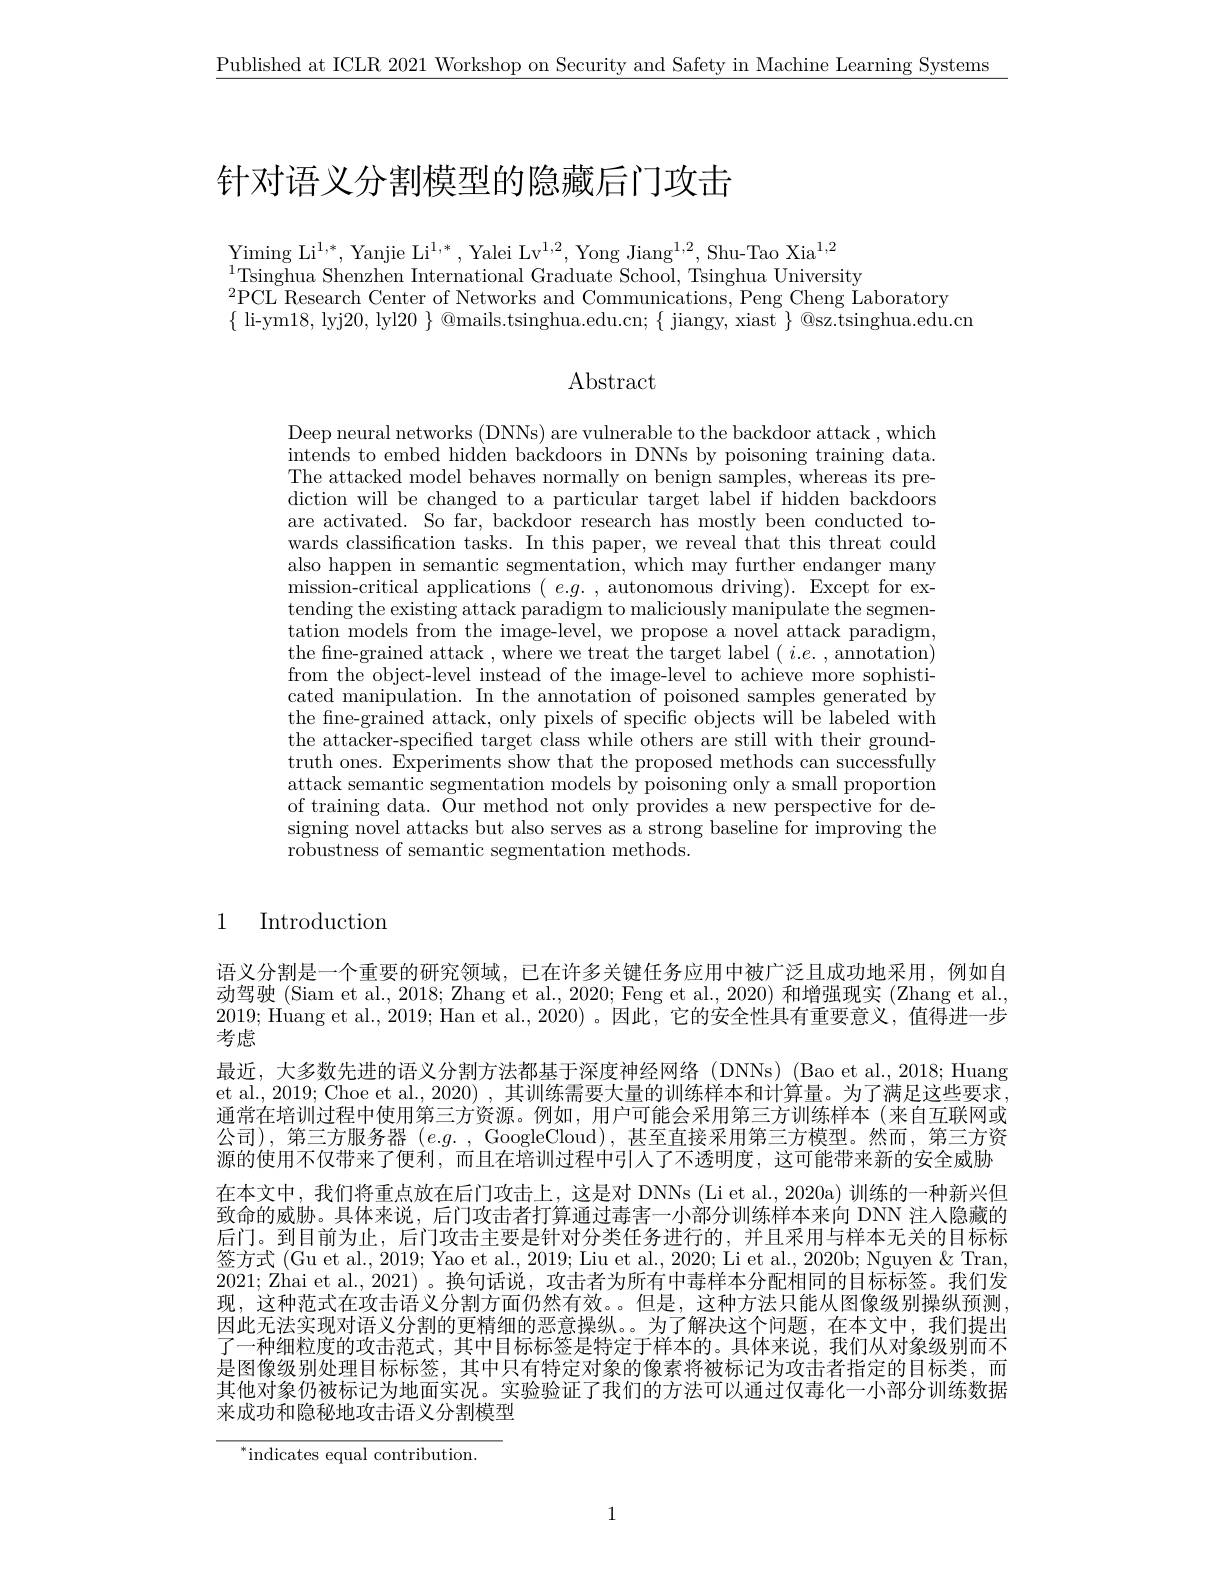
$\underline{\text{Published at ICLR 2021 Workshop on Security and Safety in Machine Learning Systems}}$

# 针对语义分割模型的隐藏后门攻击

$\mathop{\mathrm{Yiming~Li}^{1,*},\mathrm{~Yanjie~Li}^{1,*},\mathrm{~Yalei~Lv}^{1,2},\mathrm{~Yong~Jiang}^{1,2},\mathrm{~Shu-Tao~Xia}^{1,2}}$
$^{1}$Tsinghua Shenzhen International Graduate School, Tsinghua University
$^{2}$PCL Research Center of Networks and Communications, Peng Cheng Laboratory
$\{\begin{array}{cc}\text{li-ym18, lyj20, lyl20 }\}&\text{@mails.tsinghua.edu.cn;}\{\begin{array}{c}\text{jiangy, xiast }\end{array}\}\end{array}$®sz.tsinghua.edu.cn

# Abstract

Deep neural networks (DNNs) are vulnerable to the backdoor attack , which $\dot{\text{intends to embed hidden backdoors in DNNs by poisoning training data.}}$ The attacked model behaves normally on benign samples, whereas its prediction will be changed to a particular target label if hidden backdoors are activated. So far, backdoor research has mostly been conducted towards classification tasks. In this paper, we reveal that this threat could also happen in semantic segmentation, which may further endanger many mission-critical applications $(e.g.$, autonomous driving). Except for extending the existing attack paradigm to maliciously manipulate the segmentation models from the image-level, we propose a novel attack paradigm, the fine-grained attack , where we treat the target label $(i.e.$,annotation) from the object-level instead of the image-level to achieve more sophisticated manipulation. In the annotation of poisoned samples generated by the fine-grained attack, only pixels of specific objects will be labeled with the attacker-specified target class while others are still with their groundtruth ones. Experiments show that the proposed methods can successfully attack semantic segmentation models by poisoning only a small proportion of training data. Our method not only provides a new perspective for designing novel attacks but also serves as a strong baseline for improving the robustness of semantic segmentation methods.

### 1 Introduction

语义分割是一个重要的研究领域，已在许多关键任务应用中被广泛且成功地采用，例如自动驾驶 (Siam et al., 2018; Zhang et al., 2020; Feng et al., 2020) 和增强现实 (Zhang et al., 2019; Huang et al., 2019; Han et al., 2020)。因此，它的安全性具有重要意义，值得进一步考虑
最近，大多数先进的语义分割方法都基于深度神经网络(DNNs)(Bao et al.,2018;Huang et al., 2019; Choe et al., 2020) , 其训练需要大量的训练样本和计算量。为了满足这些要求， 通常在培训过程中使用第三方资源。例如，用户可能会采用第三方训练样本(来自互联网或公司),第三方服务器$( e. g.$ , GoogleCloud),甚至直接采用第三方模型。然而，第三方资源的使用不仅带来了便利，而且在培训过程中引人了不透明度，这可能带来新的安全威胁在本文中，我们将重点放在后门攻击上，这是对 DNNs (Li et al., 2020a) 训练的一种新兴但致命的威胁。具体来说，后门攻击者打算通过毒害一小部分训练样本来向 DNN 注人隐藏的后门。到目前为止，后门攻击主要是针对分类任务进行的，并且采用与样本无关的目标标签方式 (Gu et al., 2019; Yao et al., 2019; Liu et al., 2020; Li et al., 2020b; Nguyen & Tran, 2021; Zhai et al., 2021)。换句话说，攻击者为所有中毒样本分配相同的目标标签。我们发现，这种范式在攻击语义分割方面仍然有效。但是，这种方法只能从图像级别操纵预测， 因此无法实现对语义分割的更精细的恶意操纵。为了解决这个问题，在本文中，我们提出了一种细粒度的攻击范式，其中目标标签是特定于样本的。具体来说，我们从对象级别而不是图像级别处理目标标签，其中只有特定对象的像素将被标记为攻击者指定的目标类，而其他对象仍被标记为地面实况。实验验证了我们的方法可以通过仅毒化一小部分训练数据来成功和隐秘地攻击语义分割模型

$^{*}$indicates equal contribution.

1